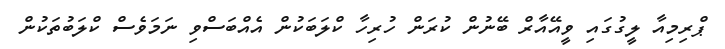
ޕްރިމިއާ ލީގުގައި ވީއޭއާރް ބޭނުން ކުރަން ހުރިހާ ކްލަބަކުން އެއްބަސްވި ނަމަވެސް ކްލަބުތަކުން